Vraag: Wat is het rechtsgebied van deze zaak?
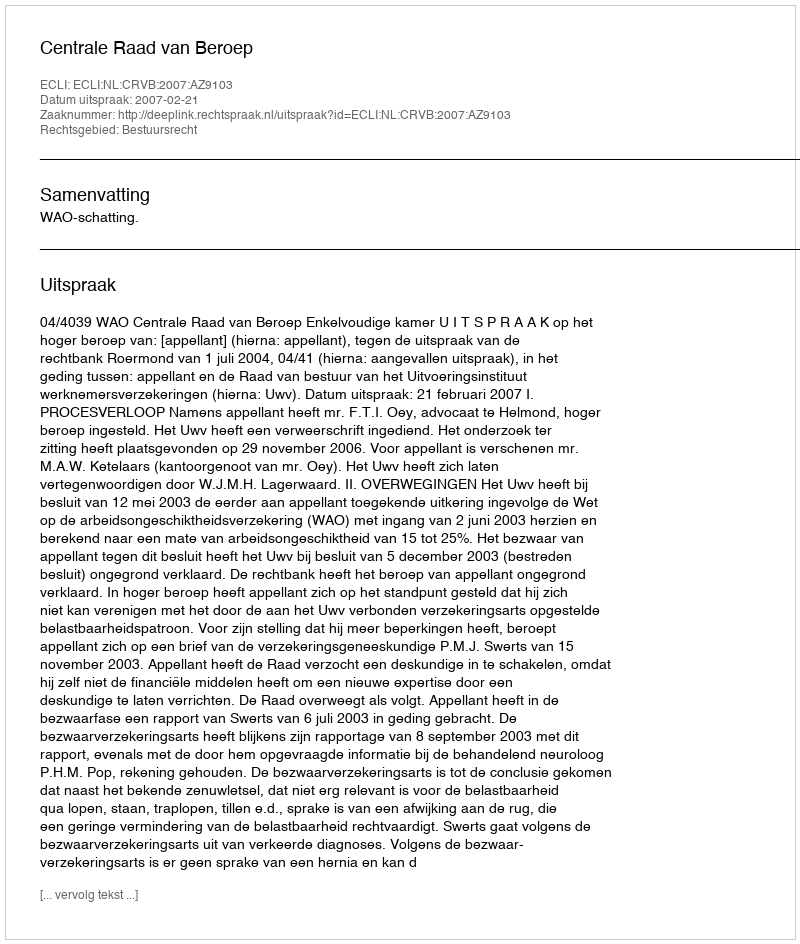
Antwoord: Bestuursrecht